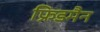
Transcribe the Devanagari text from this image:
फ्रिडमैन